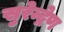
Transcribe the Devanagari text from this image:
सुरेन्द्रेण